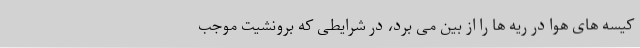
کیسه های هوا در ریه ها را از بین می برد، در شرایطی که برونشیت موجب